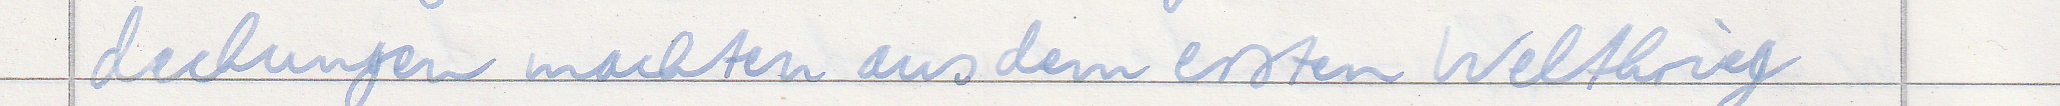
deckungen machten aus dem ersten Weltkrieg